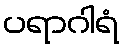
ပရာဂါရံ